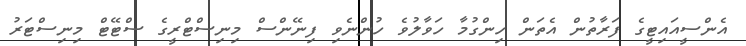
އެންސީއައިޓީގެ ފަރާތުން އެތަން ހިންގުމާ ހަވާލުވެ ހުންނެވި ފިނޭންސް މިނިސްޓްރީގެ ސްޓޭޓް މިނިސްޓަރު